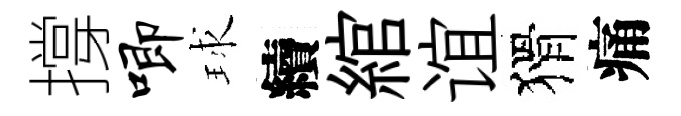
撐唧球續綰谊猾痛